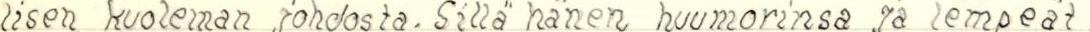
lisen kuoleman johdosta. Sillä hänen huumorinsa ja lempeät